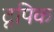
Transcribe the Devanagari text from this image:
टूपिक